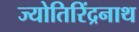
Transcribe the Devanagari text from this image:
ज्योतिरिंद्रनाथ